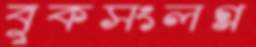
বুকসংলগ্ন